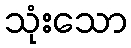
သုံးသော